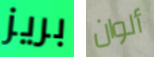
بريز ألوان